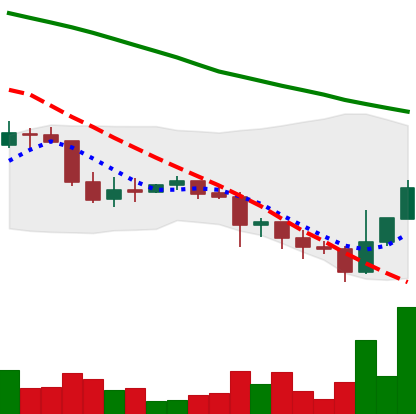
Ticker: DOGE-USD
Chart end date: 2022-01-13
Forward return: -3.812%
Label: down_3_5